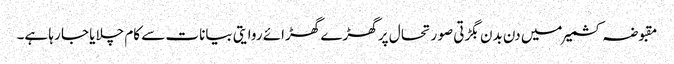
مقبوضہ کشمیر میں دن بدن بگڑتی صو ر تحا ل پر گھڑے گھڑائے روایتی بیانات سے کام چلایا جا رہا ہے۔